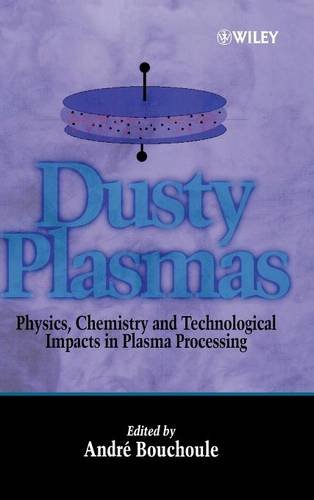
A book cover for Dusty Plasmas: Physics, Chemistry, and Technological Impact in Plasma Processing; Science & Math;